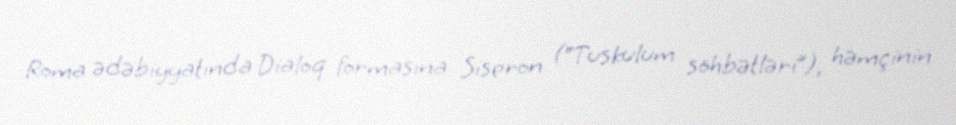
Roma ədəbiyyatında Dialoq formasına Siseron (“Tuskulum söhbətləri”), həmçinin